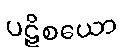
ပဋိစယော